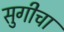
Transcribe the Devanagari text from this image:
सुगीचा